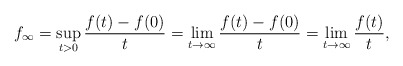
\begin{align*}f_{\infty}=\sup_{t>0} \frac{f(t)-f(0)}{t}=\lim_{t \to \infty} \frac{f(t)-f(0)}{t}=\lim_{t\to\infty}\frac{f(t)}{t},\end{align*}